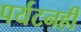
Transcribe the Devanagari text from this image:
पर्यटनही